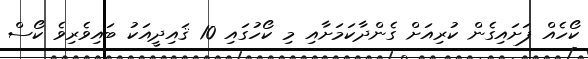
ކޯހެއް ފަށައިގެން ކުރިއަށް ގެންދާކަމަށާއި މި ކޯހުގައި 10 ޤައިދީއަކު ބައިވެރިވެ ކޯސް